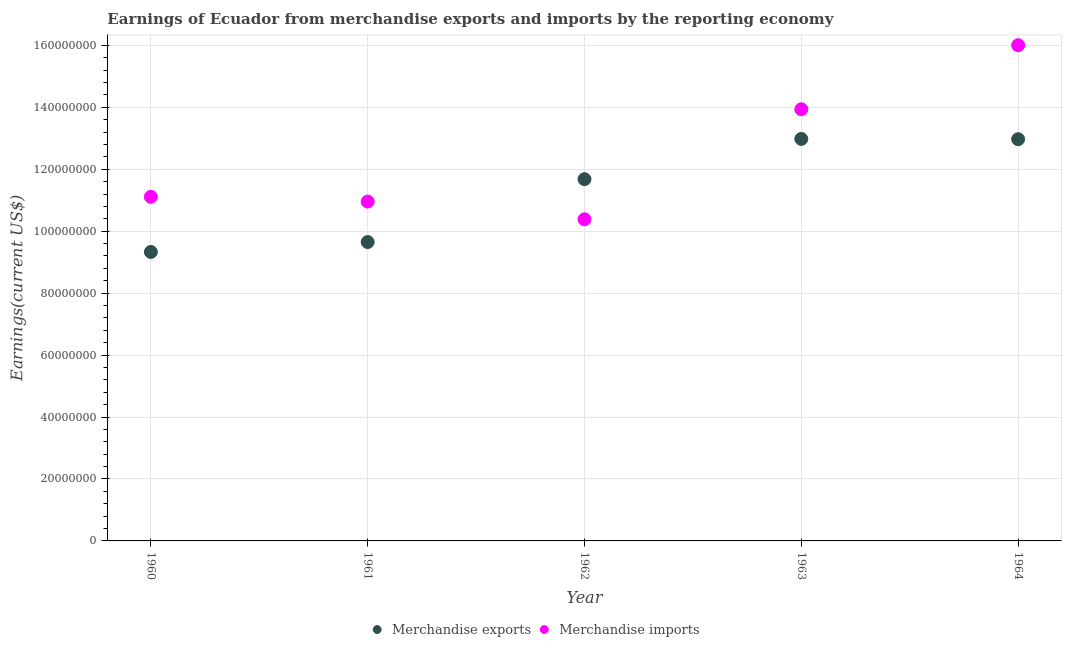
| Year | Merchandise exports | Merchandise imports |
 | --- | --- | --- |
 | 1960 | 9.33e+07 | 1.11e+08 |
 | 1961 | 9.65e+07 | 1.1e+08 |
 | 1962 | 1.17e+08 | 1.04e+08 |
 | 1963 | 1.3e+08 | 1.39e+08 |
 | 1964 | 1.3e+08 | 1.6e+08 |